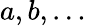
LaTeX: a,b,\dots